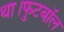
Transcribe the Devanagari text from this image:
था।फुटबॉल